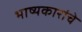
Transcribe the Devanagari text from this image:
भाष्यकारांचे